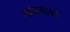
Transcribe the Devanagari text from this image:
खटल्याशी